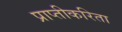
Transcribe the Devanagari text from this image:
प्राप्तीकरिता